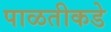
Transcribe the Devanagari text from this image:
पाळतीकडे